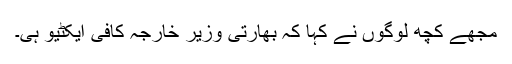
مجھے کچھ لوگوں نے کہا کہ بھارتی وزیر خارجہ کافی ایکٹیو ہی۔